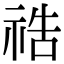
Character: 祰